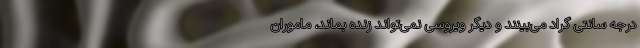
درجه سانتی گراد می‌بینند و دیگر ویروسی نمی‌تواند زنده بماند، ماموران